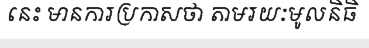
នេះ មានការប្រកាសថា តាមរយៈមូលនិធិ